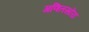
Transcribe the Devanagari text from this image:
गणितसोरा